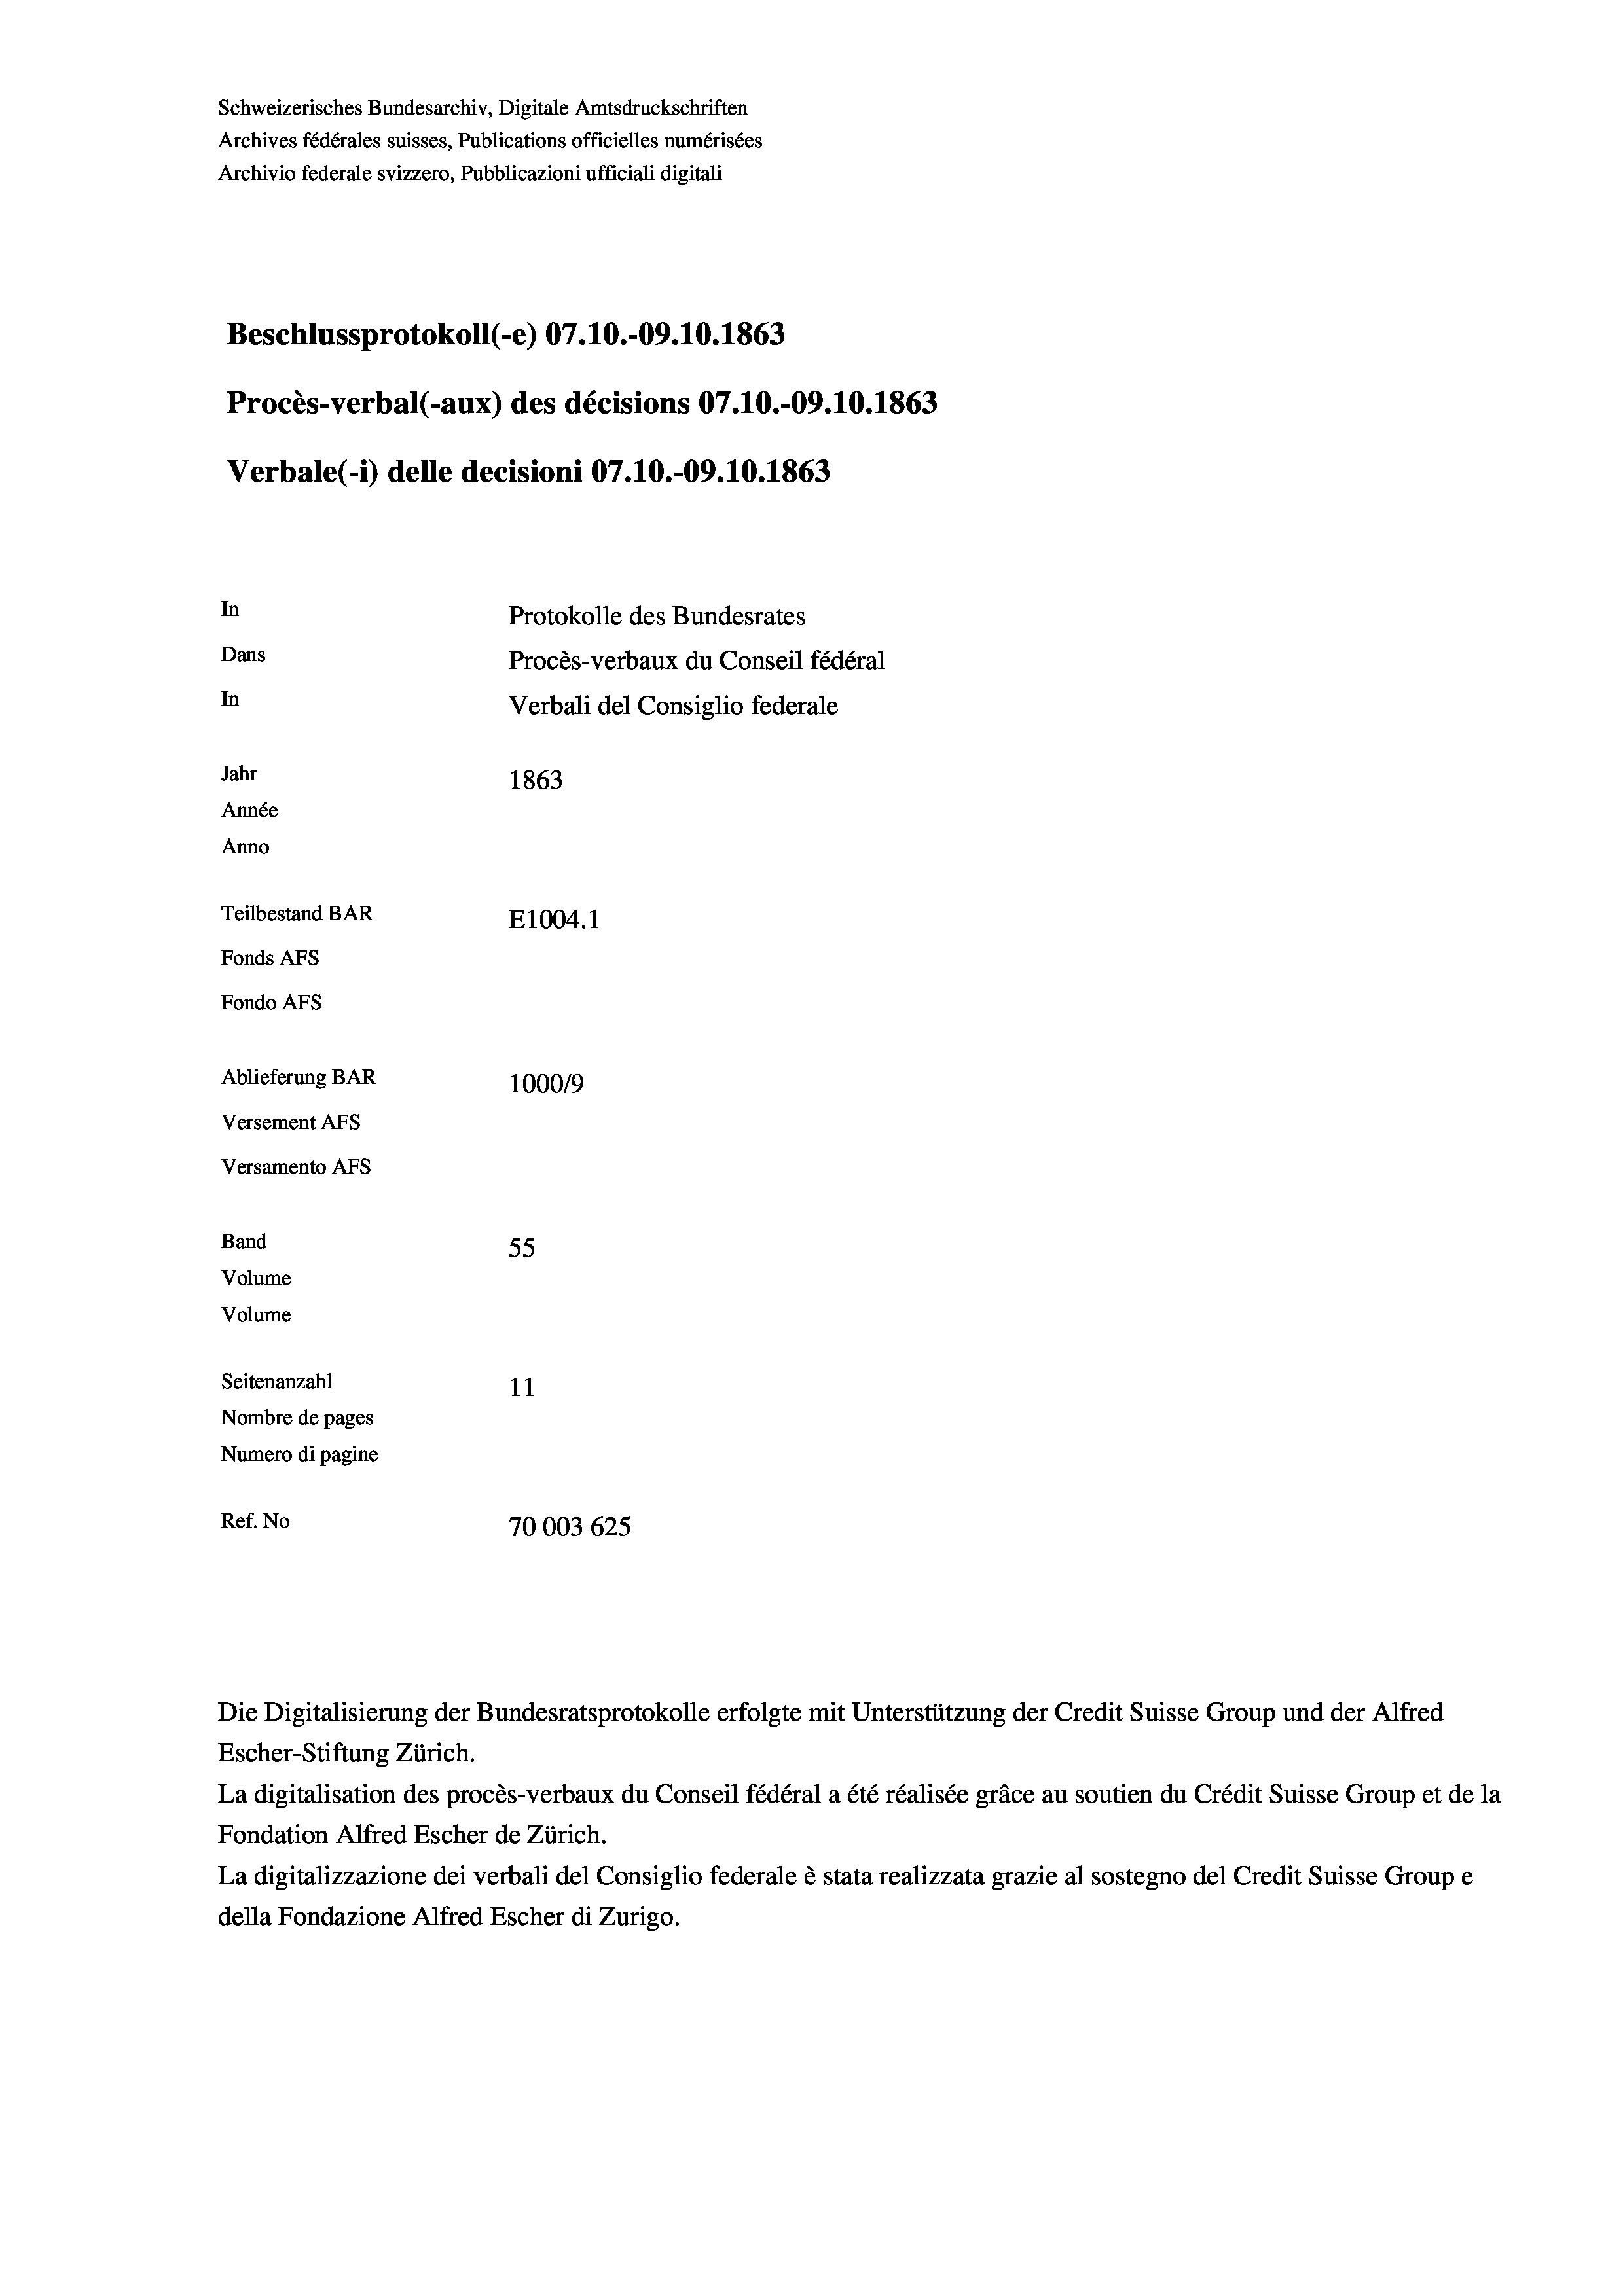
Schweizerisches Bundesarchiv, Digitale Amtsdruckschriften
Archives fédérales suisses, Publications officielles numérisées
Archivio federale svizzero, Pubblicazioni ufficiali digitali
Beschlussprotokoll (-e) 07.10.-09.10. 1863
Procès-verbal (-aux) des décisions 07.10.-09.10.1863
Verbale (- 1) delle decisioni 07.10.-09.10. 1863
In
Protokolle des Bundesrates
Dans
Procès-verbaux du Conseil fédéral
In
Verbali del Consiglio federale
Jahr
1863
Année
Anno
Teilbestand BAR
E1004.1
Fonds AFs
Fondo AFs
Ablieferung BAR
100019
Versement As
Versamento AFs

Band
Volume
Volume

55
Seitenanzahl
11
Nombre de pages
Numero di pagine
Ref. No
70003625

Escher-Stiftung Zürich.
La digitalisation des procès-verbaux du Conseil fédéral a été réalisée gräce au soutien du Crédit Suisse Group et de la
Fondation Alfred Escher de Zürich.
La digitalizzazione dei verbali del Consiglio federale è stata realizzata grazie al sostegno del Credit Suisse Groupe
della Fondazione Alfred Escher di Zurigo.

Die Digitalisierung der Bundesratsprotokolle erfolgte mit Unterstützung der Credit Suisse Group und der Alfred